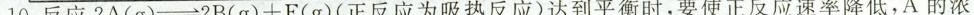
10.反应2A(g)→2B(g)+E(g)(正反应为吸热反应)达到平衡时，要使正反应速率降低，A的浓